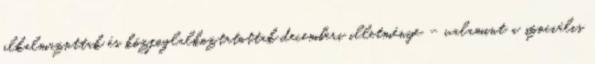
alkalmazottak és közfoglalkoztatottak decemberi illetménye – valamint a szociális